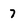
Character: 7